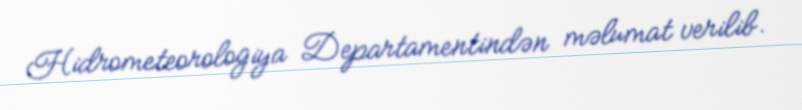
Hidrometeorologiya Departamentindən məlumat verilib.